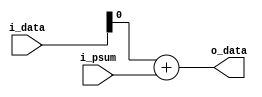
module adder
#(parameter BW1=1, BW2=1)
(
input signed [16-1:0] i_data,
input signed [BW1-1:0] i_psum,
output reg signed [BW2-1:0] o_data);

always @(*) begin
	o_data=i_data+i_psum;
	end

endmodule